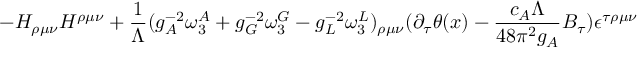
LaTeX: - H _ { \rho \mu \nu } H ^ { \rho \mu \nu } + { \frac { 1 } { \Lambda } } ( g _ { A } ^ { - 2 } \omega _ { 3 } ^ { A } + g _ { G } ^ { - 2 } \omega _ { 3 } ^ { G } - g _ { L } ^ { - 2 } \omega _ { 3 } ^ { L } ) _ { \rho \mu \nu } ( \partial _ { \tau } \theta ( x ) - { \frac { c _ { A } \Lambda } { 4 8 \pi ^ { 2 } g _ { A } } } B _ { \tau } ) \epsilon ^ { \tau \rho \mu \nu }